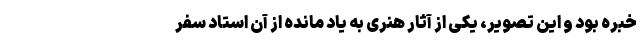
خبره بود و این تصویر، یکی از آثار هنری به یاد مانده از آن استاد سفر